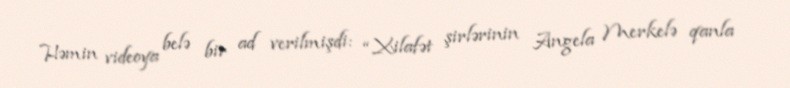
Həmin videoya belə bir ad verilmişdi: “Xilafət şirlərinin Angela Merkelə qanla